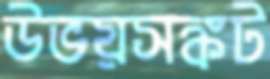
উভয়সঙ্কট